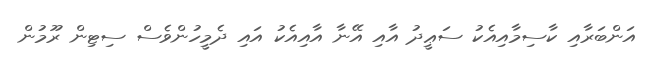
އަންބަރާއި ކާސިމާއިއެކު ސަޢީދު އާއި އޭނާ އާއިއެކު އައި ދެމީހުންވެސް ސިޓިން ރޫމުން